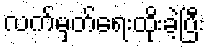
လက်မှတ်ရေးထိုးခဲ့ပြီး